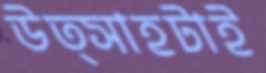
উত্সাহটাই